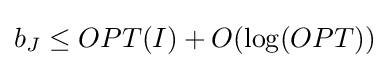
b_{J}\leq OPT(I)+O(\log(OPT))